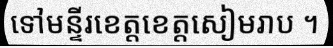
ទៅមន្ទីរខេត្តខេត្តសៀមរាប ។